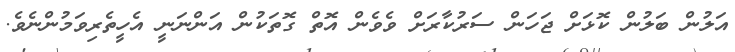
އަލުން ބަލުން ކޮޅަށް ޖަހަން ސަރުކާރަށް ވެވެން އޮތް ގޮތަކުން އަންނަނީ އެހީތެރިވަމުންނެވެ.